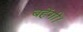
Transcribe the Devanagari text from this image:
बहेंगी।